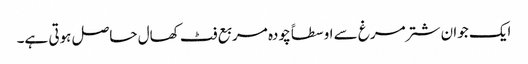
ایک جوان شتر مرغ سے اوسطاً چودہ مربع فٹ کھال حاصل ہوتی ہے۔